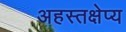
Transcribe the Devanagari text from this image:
अहस्तक्षेप्य